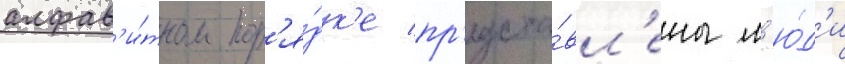
алфав'и́тном пор'я́дк'е пр'едста́вл'ены л'ю́д'и